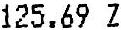
125.69 Z